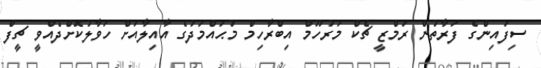
ސިފައިންގެ ފަރާތުން ރަމްޒީ ޗެކް މަރުހޫމް އިބްރާހިމް މުޙައްމަދުގެ އާއިލާއަށް ހަވާލުކޮށްދެއްވީ ޗީފް